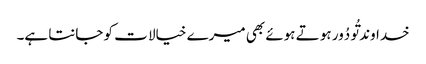
خداوند تُو دُور ہو تے ہوئے بھی میرے خیالا ت کو جانتا ہے۔